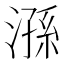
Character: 𣻆